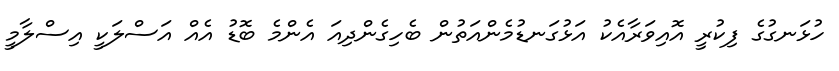
ހުޅަނގުގެ ފިކުރީ އޮއިވަރާއެކު އަޅުގަނޑުމެންއަތުން ބެހިގެންދިއަ އެންމެ ބޮޑު އެއް އަސްލަކީ އިސްލާމީ